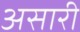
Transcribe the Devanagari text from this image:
असारी